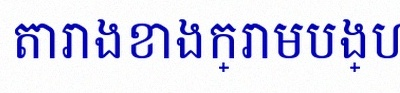
តារាងខាងក្រោមបង្ហាញពីទិន្នន័យ